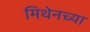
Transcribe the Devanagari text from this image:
मिथेनच्या